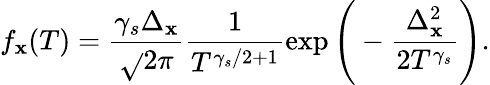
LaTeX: f_{\mathbf{x}}(T)=\frac{{\gamma_{s}\Delta_{\mathbf{x}}}}{{\sqrt{}{{2\pi}}}}\frac{{1}}{{T^{\gamma_{s}/2+1}}}\exp\Bigg(-\frac{{\Delta_{\mathbf{x}}^{2}}}{{2T^{\gamma_{s}}}}\Bigg).